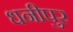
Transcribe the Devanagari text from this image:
धनीपुर